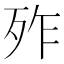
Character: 𣧫